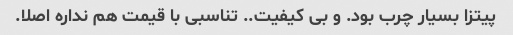
پیتزا بسیار چرب بود. و بی کیفیت.. تناسبی با قیمت هم نداره اصلا.